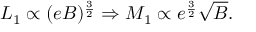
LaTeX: { \cal L } _ { 1 } \propto ( e B ) ^ { \frac { 3 } { 2 } } \Rightarrow M _ { 1 } \propto e ^ { \frac { 3 } { 2 } } \sqrt { B } .